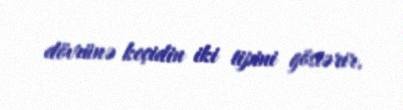
dövrünə keçidin iki tipini göstərir.